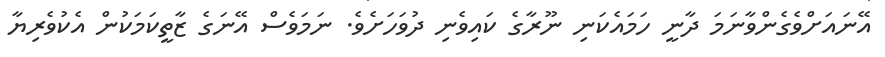
އޭނައަށްވެގެންވާނަމަ ދާނީ ހަމައެކަނި ނޫރާގެ ކައިވެނި ދުވަހަށެވެ. ނަމަވެސް އޭނަގެ ޒާތީކަމަކުން އެކުވެރިޔާ